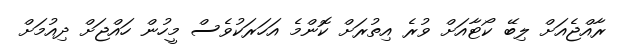
ރާއްޖެއަށް ލިބޭ ކޯޓާއަށް ވުރެ އިތުރަށް ކޮންމެ އަހަރަކުވެސް މީހުން ހައްޖަށް ދިއުމަށް